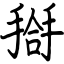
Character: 搿